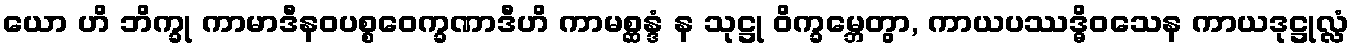
ယော ဟိ ဘိက္ခု ကာမာဒီနဝပစ္စဝေက္ခဏာဒီဟိ ကာမစ္ဆန္ဒံ န သုဋ္ဌု ဝိက္ခမ္ဘေတွာ, ကာယပဿဒ္ဓိဝသေန ကာယဒုဋ္ဌုလ္လံ